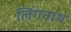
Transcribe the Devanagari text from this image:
लिंगनाथ